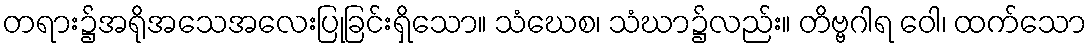
တရား၌အရိုအသေအလေးပြုခြင်းရှိသော။ သံဃေစ၊ သံဃာ၌လည်း။ တိဗ္ဗဂါရ ဝေါ၊ ထက်သော